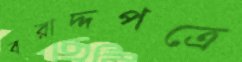
বরাদ্দপত্রে